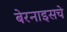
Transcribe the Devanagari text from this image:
बेरनाइसचे